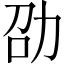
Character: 劭